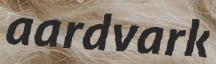
aardvark